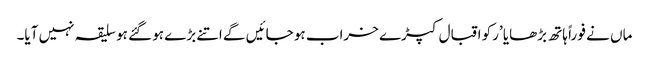
ماں نے فو راً ہاتھ بڑھایا ’رکو اقبال کپڑے خراب ہو جائیں گے اتنے بڑے ہو گئے ہو سلیقہ نہیں آیا۔